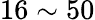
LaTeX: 16\sim 50